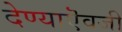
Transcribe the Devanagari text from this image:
देण्याऎवजी